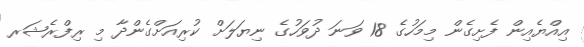
އިއްޔެއިން ފެށިގެން މިމަހުގެ 18 ވަނަ ދުވަހުގެ ނިޔަލަށް ކުރިއަށްގެންދާ މި ރިފްރެޝަރ